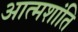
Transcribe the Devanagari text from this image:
आत्मशांति